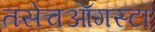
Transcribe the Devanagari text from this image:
तसेचऑगस्टा